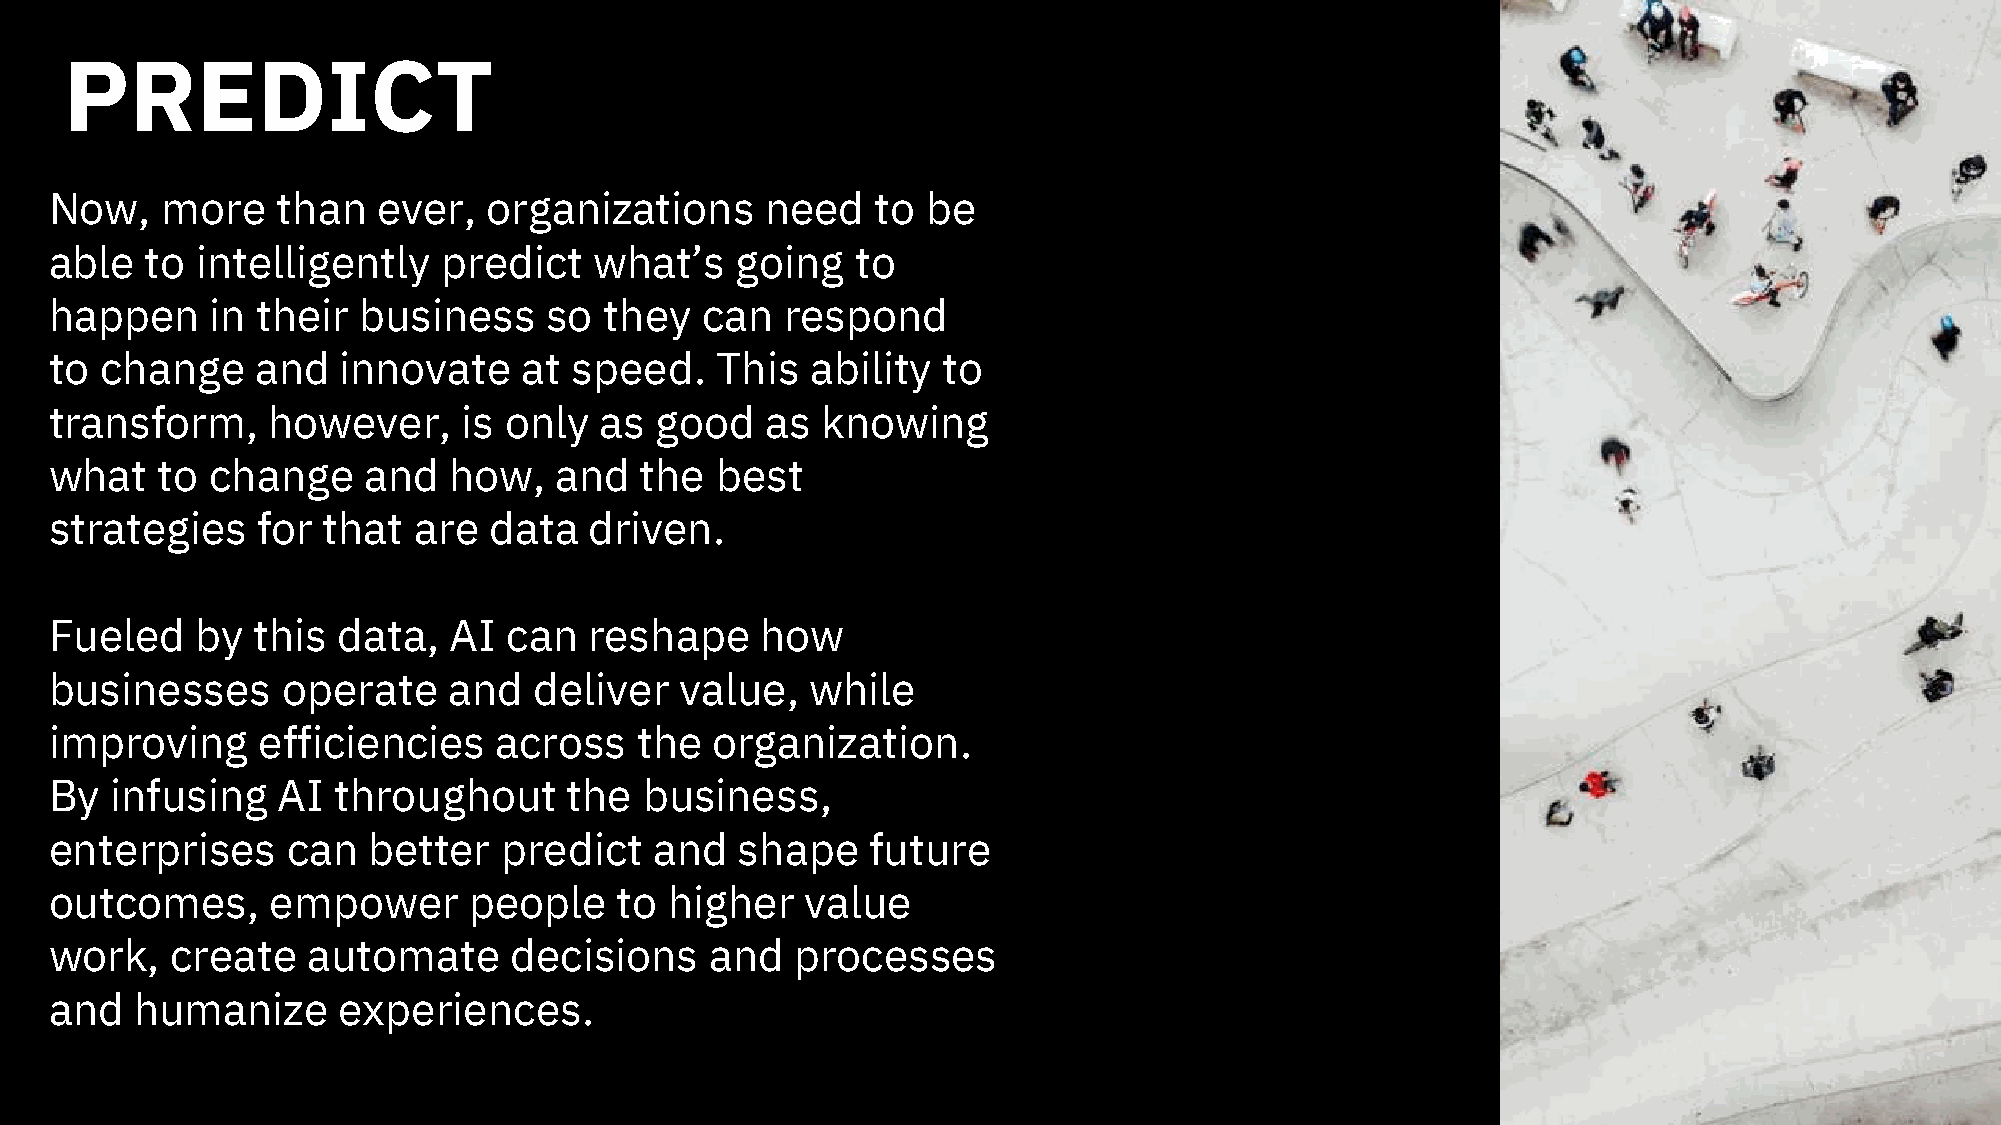
PREDICT
 Now,    more   than   ever,  organizations      need   to be
 able   to intelligently   predict   what’s    going   to
 happen     in their  business    so  they  can   respond
 to  change    and  innovate     at speed.   This   ability to
 transform,     however,     is only  as good    as knowing
 what   to  change    and   how,   and  the  best
 strategies    for that  are  data   driven.
 Fueled    by  this data,   AI can   reshape    how
 businesses      operate    and  deliver   value,   while
 improving     efficiencies    across   the  organization.
 By  infusing   AI  throughout      the  business,
 enterprises     can  better   predict   and   shape    future
 outcomes,      empower      people    to higher   value
 work,   create   automate      decisions    and   processes
 and   humanize     experiences.